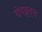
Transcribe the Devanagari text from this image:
ग्रेपफ्रूट्स